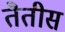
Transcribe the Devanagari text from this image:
तैतीस